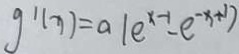
g ^ { \prime } ( x ) = a ( e ^ { x - 1 } - e ^ { - x + 1 } )